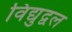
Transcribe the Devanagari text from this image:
विद्युद्वल